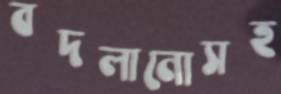
বদলানোসহ